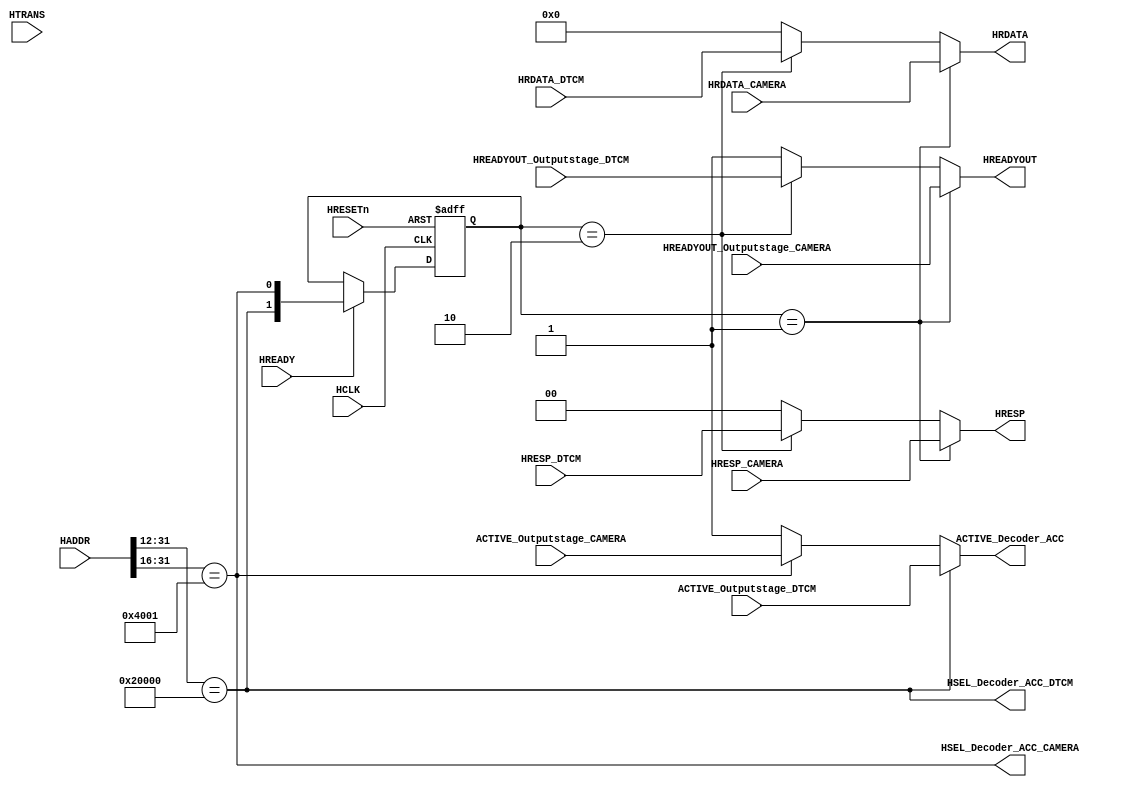
module AHBlite_BusMatrix_Decoder_ACC(

    input   HCLK,
    input   HRESETn,

    //  FROM INPUTSTAGE
    input   HREADY,
    input   [31:0 ] HADDR,
    input   [1:0]   HTRANS,

    //  FROM OUTPUTSTAGE
    input   ACTIVE_Outputstage_DTCM,
    input   HREADYOUT_Outputstage_DTCM,
    input   [1:0]   HRESP_DTCM,
    input   [31:0]  HRDATA_DTCM,


    //  FROM OUTPUTSTAGE
    input   ACTIVE_Outputstage_CAMERA,
    input   HREADYOUT_Outputstage_CAMERA,
    input   [1:0]   HRESP_CAMERA,
    input   [31:0]  HRDATA_CAMERA,

    //  OUTPUTSTAGE HSEL
    output  wire    HSEL_Decoder_ACC_DTCM,
    output  wire    HSEL_Decoder_ACC_CAMERA,
    
    //  SELOUTPUT
    output  wire    ACTIVE_Decoder_ACC,
    output  wire    HREADYOUT,
    output  wire    [1:0]   HRESP,
    output  wire    [31:0]  HRDATA 
);

assign  HSEL_Decoder_ACC_DTCM   = (HADDR[31:12]  ==  20'h20000);
assign  HSEL_Decoder_ACC_CAMERA     = (HADDR[31:16]  ==  16'h4001);

assign  ACTIVE_Decoder_ACC          = HSEL_Decoder_ACC_DTCM     ?   ACTIVE_Outputstage_DTCM     :                
                                     (HSEL_Decoder_ACC_CAMERA   ?   ACTIVE_Outputstage_CAMERA   :   1'b1);

reg [1:0] sel_reg;

always@(posedge HCLK or negedge HRESETn) begin
    if(~HRESETn)
        sel_reg <=  2'b0;
    else if(HREADY)
        sel_reg <=  {HSEL_Decoder_ACC_DTCM,
                     HSEL_Decoder_ACC_CAMERA};
end

assign  HREADYOUT   =    (sel_reg   ==  2'b01)  ?   HREADYOUT_Outputstage_CAMERA :
                        ((sel_reg   ==  2'b10)  ?   HREADYOUT_Outputstage_DTCM   :   1'b1);

assign  HRESP       =    (sel_reg   ==  2'b01)  ?   HRESP_CAMERA :
                        ((sel_reg   ==  2'b10)  ?   HRESP_DTCM   :   2'b00);

assign  HRDATA      =    (sel_reg   ==  2'b01)  ?   HRDATA_CAMERA :
                        ((sel_reg   ==  2'b10)  ?   HRDATA_DTCM   :   32'b0);

endmodule